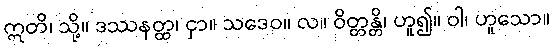
ဣတိ၊ သို့။ ဒဿနတ္ထ၊ ငှာ။ သဒေဝ။ လ။ ဝိတ္တန္တိ၊ ဟူ၍။ ဝါ၊ ဟူသော။